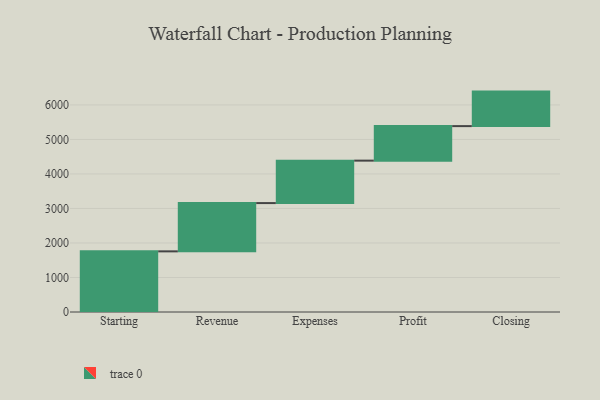
{"axis": {"x": "Step", "y": "Value"}, "legend": [""], "data": [{"x": "Starting", "y": 1757.0, "type": ""}, {"x": "Revenue", "y": 1399.0, "type": ""}, {"x": "Expenses", "y": 1230.0, "type": ""}, {"x": "Profit", "y": 1000, "type": ""}, {"x": "Closing", "y": 1000, "type": ""}]}